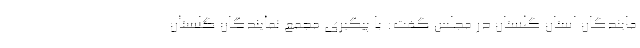
مایندگان استان گلستان در مجلس گفت: با پیگیری مجمع نمایندگان گلستان